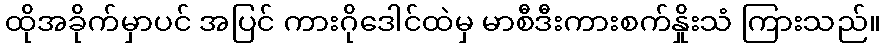
ထိုအခိုက်မှာပင် အပြင် ကားဂိုဒေါင်ထဲမှ မာစီဒီးကားစက်နှိုးသံ ကြားသည်။